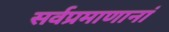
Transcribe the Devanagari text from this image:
सर्वप्रमाणानां